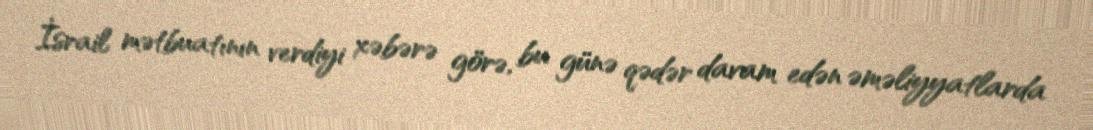
İsrail mətbuatının verdiyi xəbərə görə, bu günə qədər davam edən əməliyyatlarda